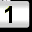
Digit: 1